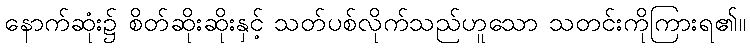
နောက်ဆုံး၌ စိတ်ဆိုးဆိုးနှင့် သတ်ပစ်လိုက်သည်ဟူသော သတင်းကိုကြားရ၏။